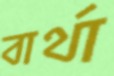
বার্থা